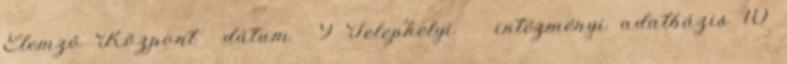
Elemző Központ dátum 9 Telephelyi intézményi adatbázis 10